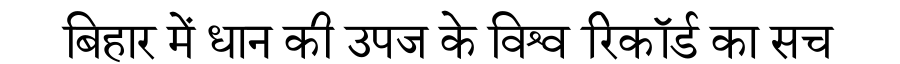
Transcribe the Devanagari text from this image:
बिहार में धान की उपज के विश्व रिकॉर्ड का सच